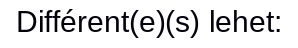
Différent(e)(s) lehet: